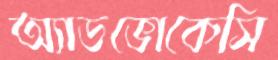
অ্যাডভোকেসি